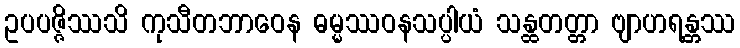
ဥပပဇ္ဇိဿသိ ကုသီတဘာဝေန ဓမ္မဿဝနသပ္ပါယံ သန္ထတတ္တာ ဗျာဟရန္တဿ